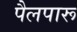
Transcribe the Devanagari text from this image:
पैलपारू